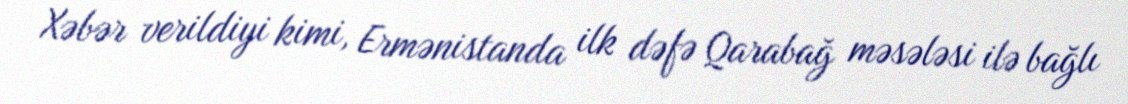
Xəbər verildiyi kimi, Ermənistanda ilk dəfə Qarabağ məsələsi ilə bağlı